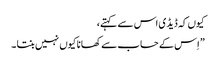
کیوں کہ ڈیڈ ی اس سے کہتے،
” اِس کے حساب سے کھانا کیوں نہیں بنتا ۔